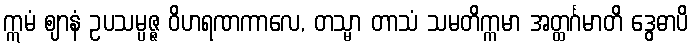
ဣမံ ဈာနံ ဥပသမ္ပဇ္ဇ ဝိဟရဏကာလေ, တသ္မာ တာသံ သမတိက္ကမာ အတ္ထင်္ဂမာတိ ဒွေဓာပိ